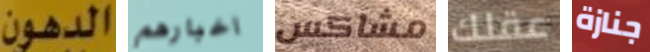
الدهون اخبارهم مشاكس عقلك جنازة